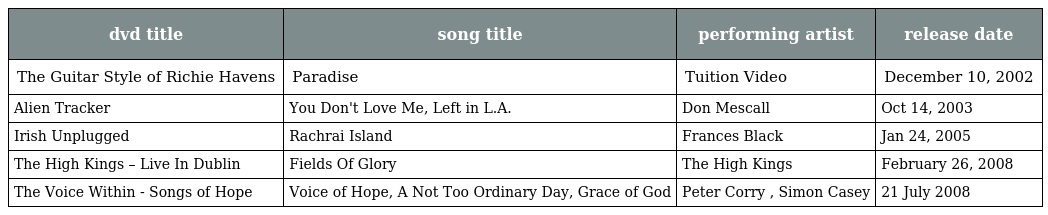
| dvd title | song title | performing artist | release date |
 | --- | --- | --- | --- |
 | The Guitar Style of Richie Havens | Paradise | Tuition Video | December 10, 2002 |
 | Alien Tracker | You Don't Love Me, Left in L.A. | Don Mescall | Oct 14, 2003 |
 | Irish Unplugged | Rachrai Island | Frances Black | Jan 24, 2005 |
 | The High Kings – Live In Dublin | Fields Of Glory | The High Kings | February 26, 2008 |
 | The Voice Within - Songs of Hope | Voice of Hope, A Not Too Ordinary Day, Grace of God | Peter Corry , Simon Casey | 21 July 2008 |